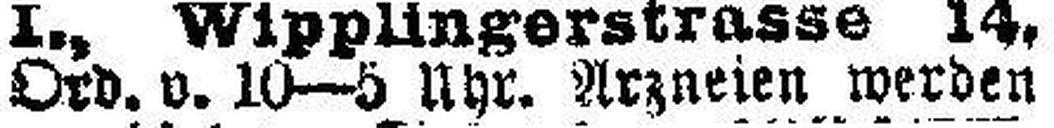
Ord. v. 10—5 Uhr. Arzneien werden